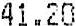
41.20